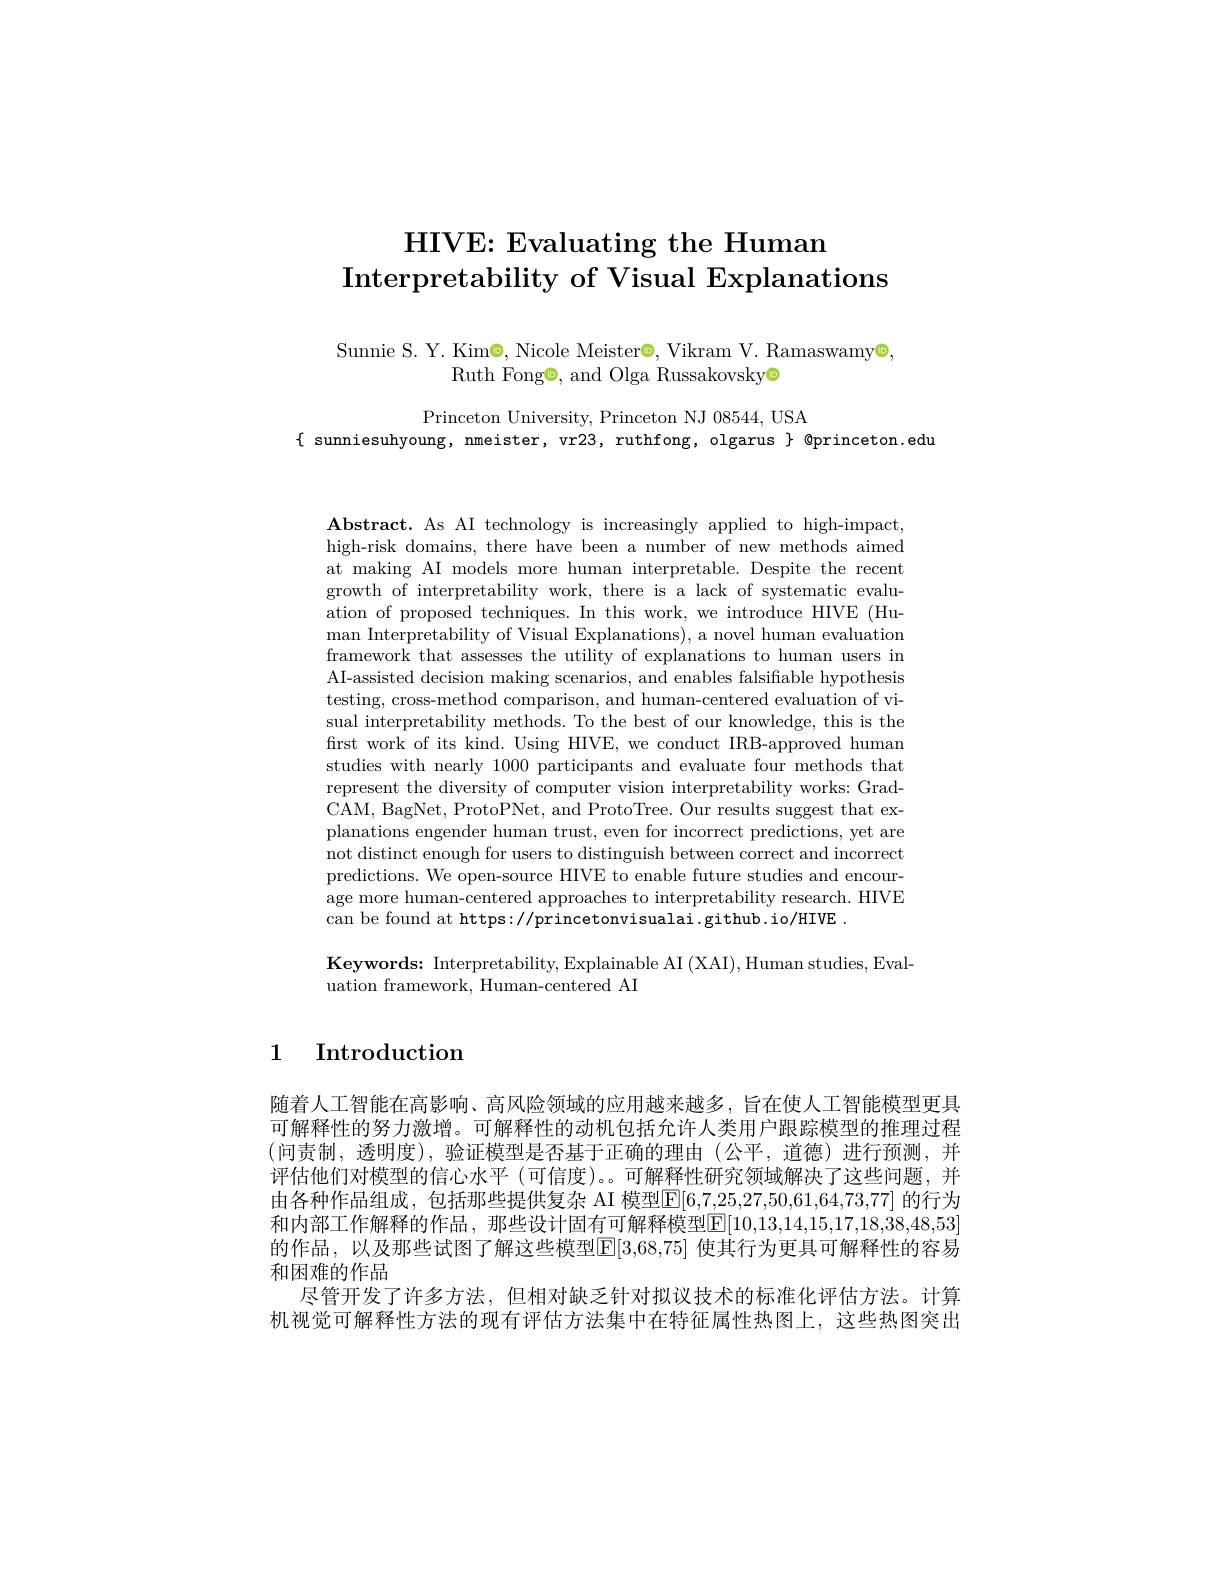
# HIVE: Evaluating the Human $\textbf{Interpretability of Visual Explanations}$

Sunnie S. Y. Kim$\Theta$, Nicole Meister©, Vikram V. Ramaswamy$\Theta$,
Ruth Fong$\textcircled{\mathrm{o}}$, and Olga Russakovsky$\textcircled{\mathrm{o}}$

Princeton University, Princeton NJ 08544, USA
$\{$ sunniesuhyoung, nmeister, vr23, ruthfong, olgarus $\}$ @princeton.edu

Abstract. As AI technology is increasingly applied to high-impact. high-risk domains, there have been a number of new methods aimed at making AI models more human interpretable. Despite the recent growth of interpretability work, there is a lack of systematic evaluation of proposed techniques. In this work, we introduce HIVE (Human Interpretability of Visual Explanations), a novel human evaluation framework that assesses the utility of explanations to human users in AI-assisted decision making scenarios, and enables falsifiable hypothesis testing, cross-method comparison, and human-centered evaluation of visual interpretability methods. To the best of our knowledge, this is the first work of its kind. Using HIVE, we conduct IRB-approved human studies with nearly 1000 participants and evaluate four methods that represent the diversity of computer vision interpretability works: GradCAM, BagNet, ProtoPNet, and ProtoTree. Our results suggest that explanations engender human trust, even for incorrect predictions, yet are not distinct enough for users to distinguish between correct and incorrect predictions. We open-source HIVE to enable future studies and encourage more human-centered approaches to interpretability research. HIVE can be found at https://princetonvisualai.github.io/HIVE.

$\mathbf{Keywords:~Interpretability,~Explainable~AI~(XAI),~Human~studies,~Eval-~}$
uation framework, Human-centered AI

# 1 Introduction

随着人工智能在高影响、高风险领域的应用越来越多，旨在使人工智能模型更具可解释性的努力激增。可解释性的动机包括允许人类用户跟踪模型的推理过程(问责制，透明度),验证模型是否基于正确的理由(公平，道德)进行预测，并评估他们对模型的信心水平 (可信度)。。可解释性研究领域解决了这些问题，并由各种作品组成，包括那些提供复杂 AI 模型$\boxed{\mathbb{E}}[6,7,25,27,50,61,64,73,77]$ 的行为和内部工作解释的作品，那些设计固有可解释模型$[\mathbb{E}[10,13,14,15,17,18,38,48,53]$ 的作品，以及那些试图了解这些模型[F]3,68,75] 使其行为更具可解释性的容易和困难的作品
尽管开发了许多方法，但相对缺乏针对拟议技术的标准化评估方法。计算机视觉可解释性方法的现有评估方法集中在特征属性热图上，这些热图突出